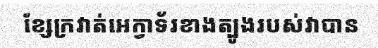
ខ្សែក្រវាត់អេក្វាទ័រខាងត្បូងរបស់វាបាន